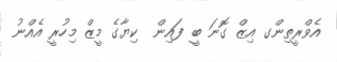
އެވްރީތިންގ އިޒް ގޮނަ ބީ ފައިން  ކިޔާގެ މީޒް މިހުރީ އެއްނު